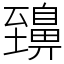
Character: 䶍